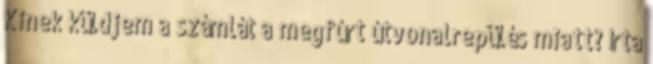
Kinek küldjem a számlát a megfúrt útvonalrepülés miatt? Írta